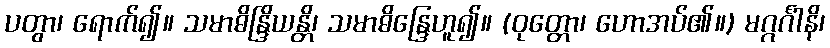
ပတွာ၊ ရောက်၍။ သမာဓိန္ဒြိယန္တိ၊ သမာဓိန္ဒြေဟူ၍။ (ဝုတ္တော၊ ဟောအပ်၏။) မဂ္ဂင်္ဂါနိ၊